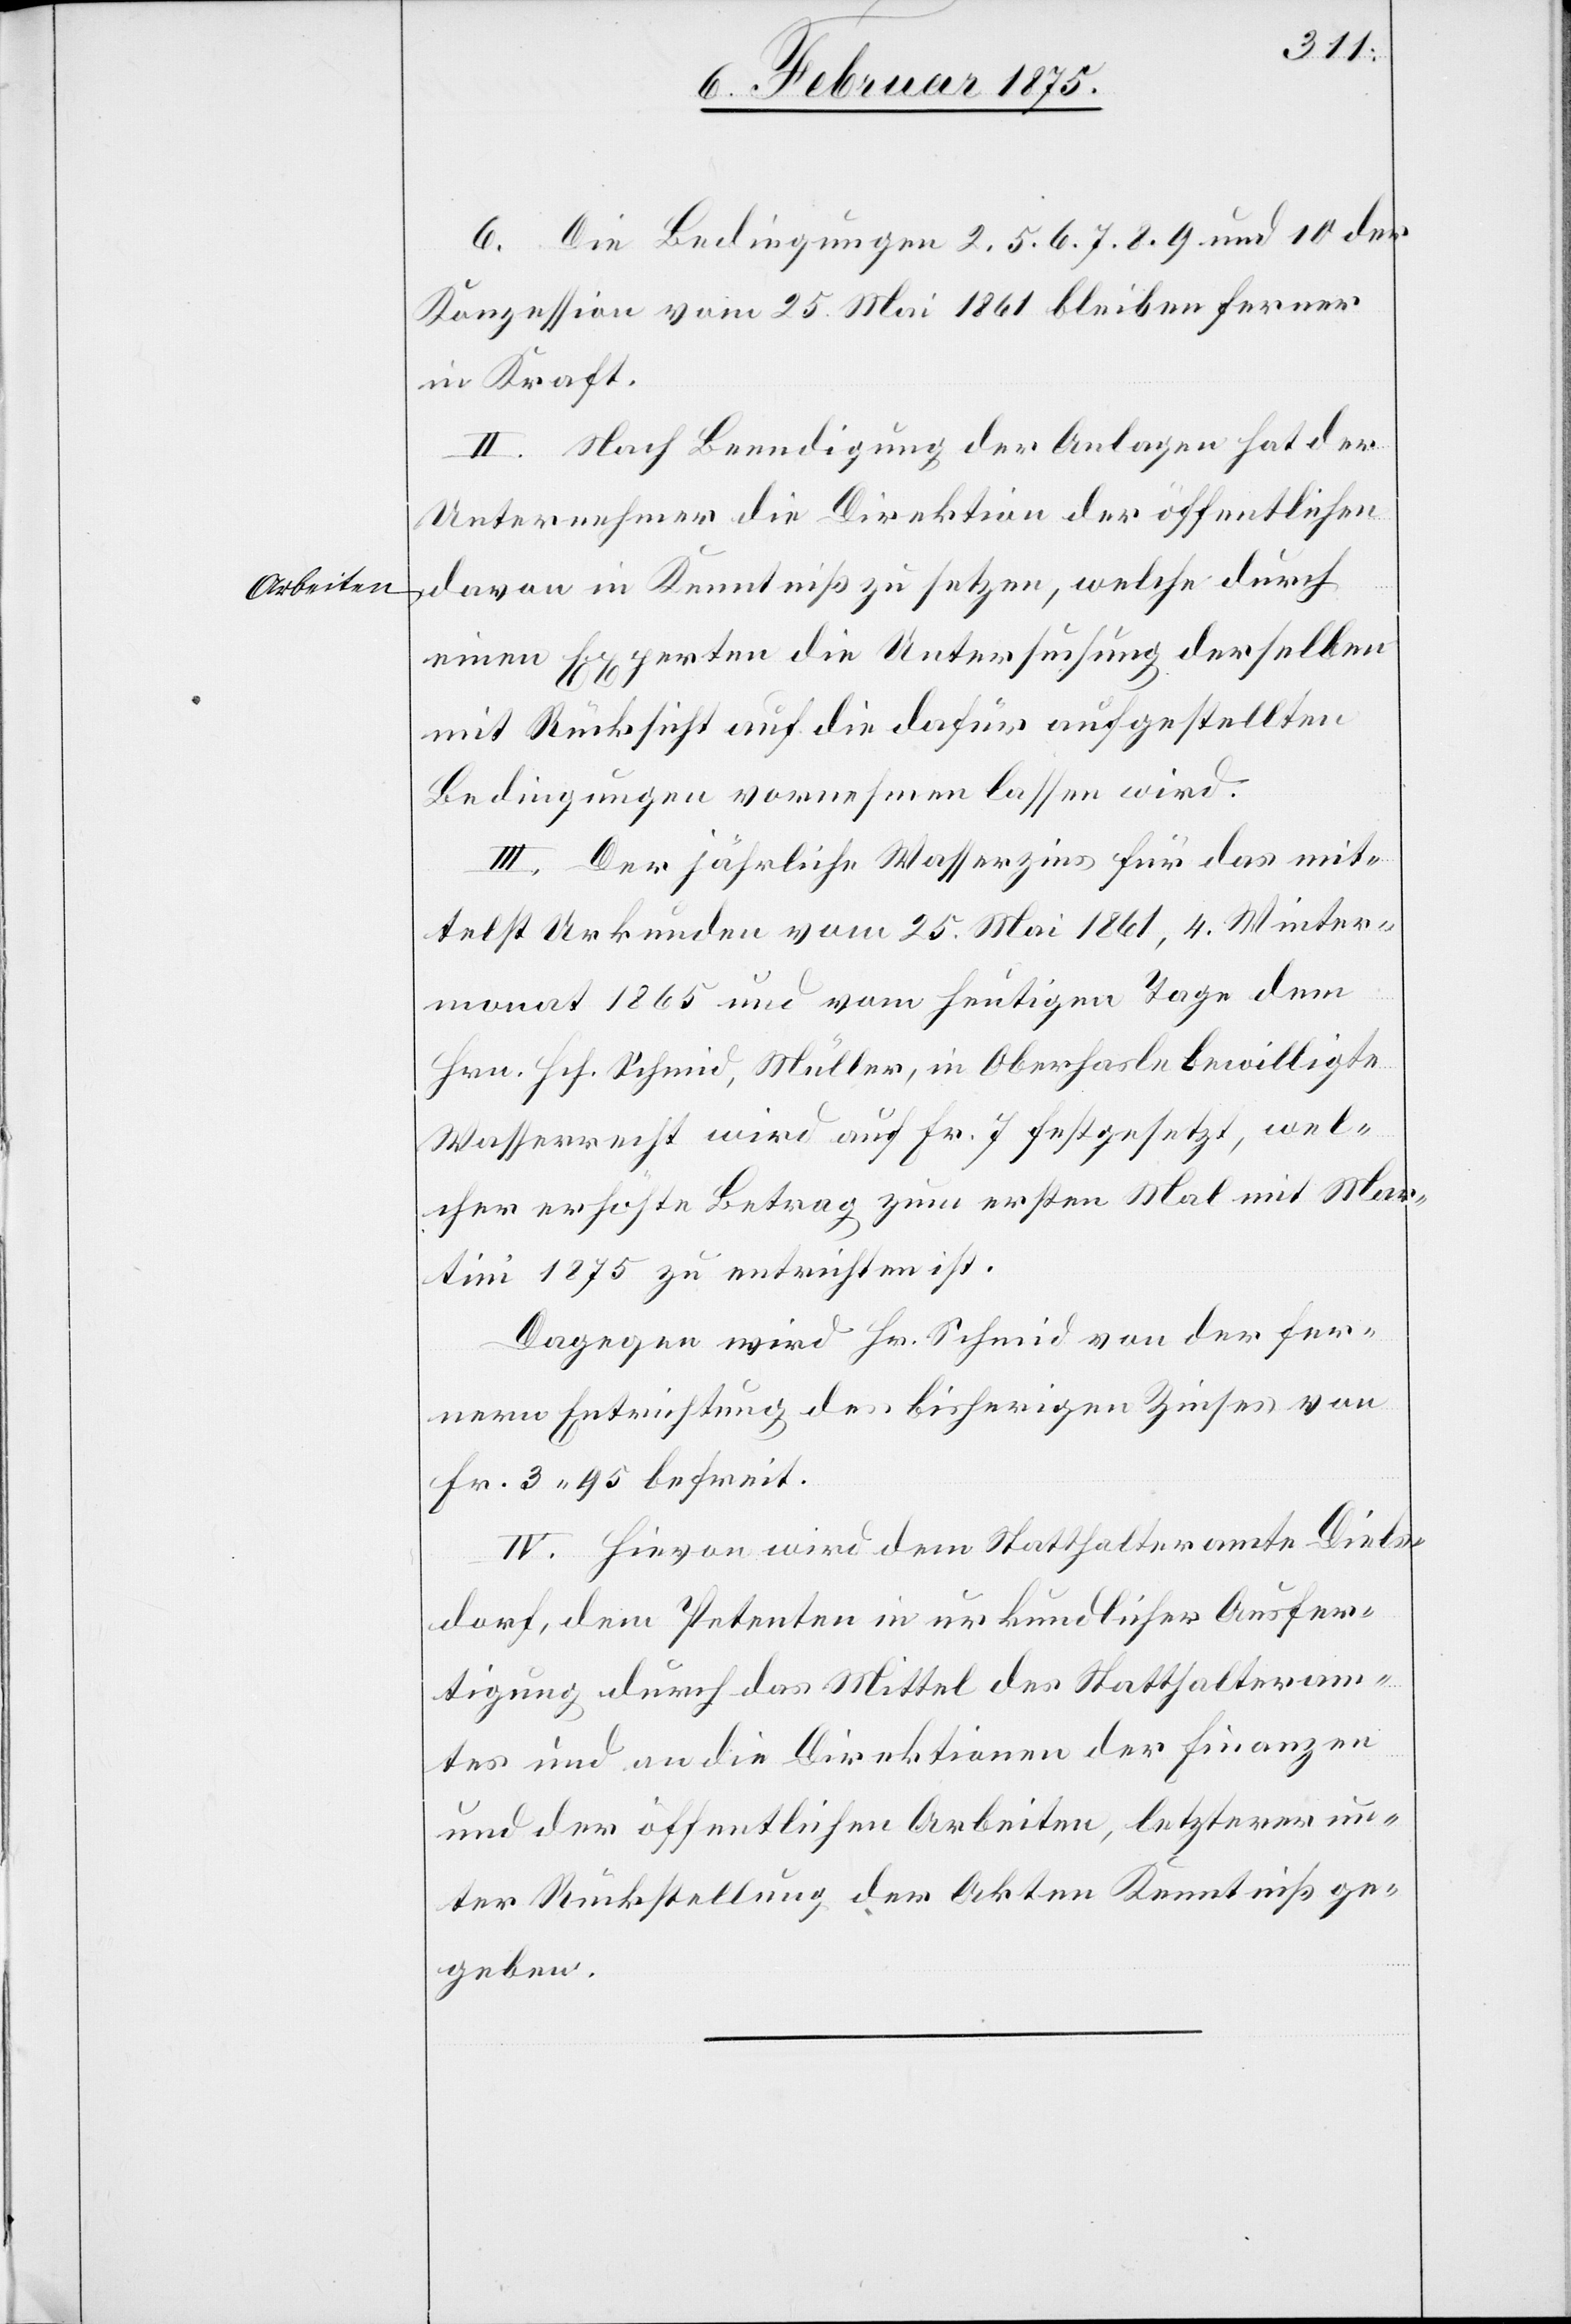
Arbeiten

6. Die Bedingungen 2. 5. 6. 7. 8. 9. und 10 der
Konzession vom 25. Mai 1861 bleiben ferner
in Kraft.
II. Nach Beendigung der Anlagen hat der
Unternehmer die Direktion der öffentlichen
davon in Kenntniß zu setzen, welche durch
einen Experten die Untersuchung derselben
mit Rücksicht auf die dafür aufgestellten
Bedingungen vornehmen lassen wird.
III. Der jährliche Wasserzins für das mit¬
telst Urkunden vom 25. Mai 1861, 4. Winter¬
monat 1865 und vom heutigen Tage dem
Hrn. Hch. Schmid, Müller, in Oberhasle bewilligte
Wasserrecht wird auf Fr. 7 festgesetzt, wel¬
cher erhöhte Betrag zum ersten Mal mit Mar¬
tini 1875 zu entrichten ist.
Dagegen wird Hr. Schmid von der fer¬
nern Entrichtung des bisherigen Zinses von
Fr. 3. 95 befreit.
IV. Hievon wird dem Statthalteramte Diels¬
dorf, dem Petenten in urkundlicher Ausfer¬
tigung durch das Mittel des Statthalteram¬
tes und an die Direktionen der Finanzen
und der öffentlichen Arbeiten, letzterer un¬
ter Rückstellung der Akten Kenntniß ge¬
geben.